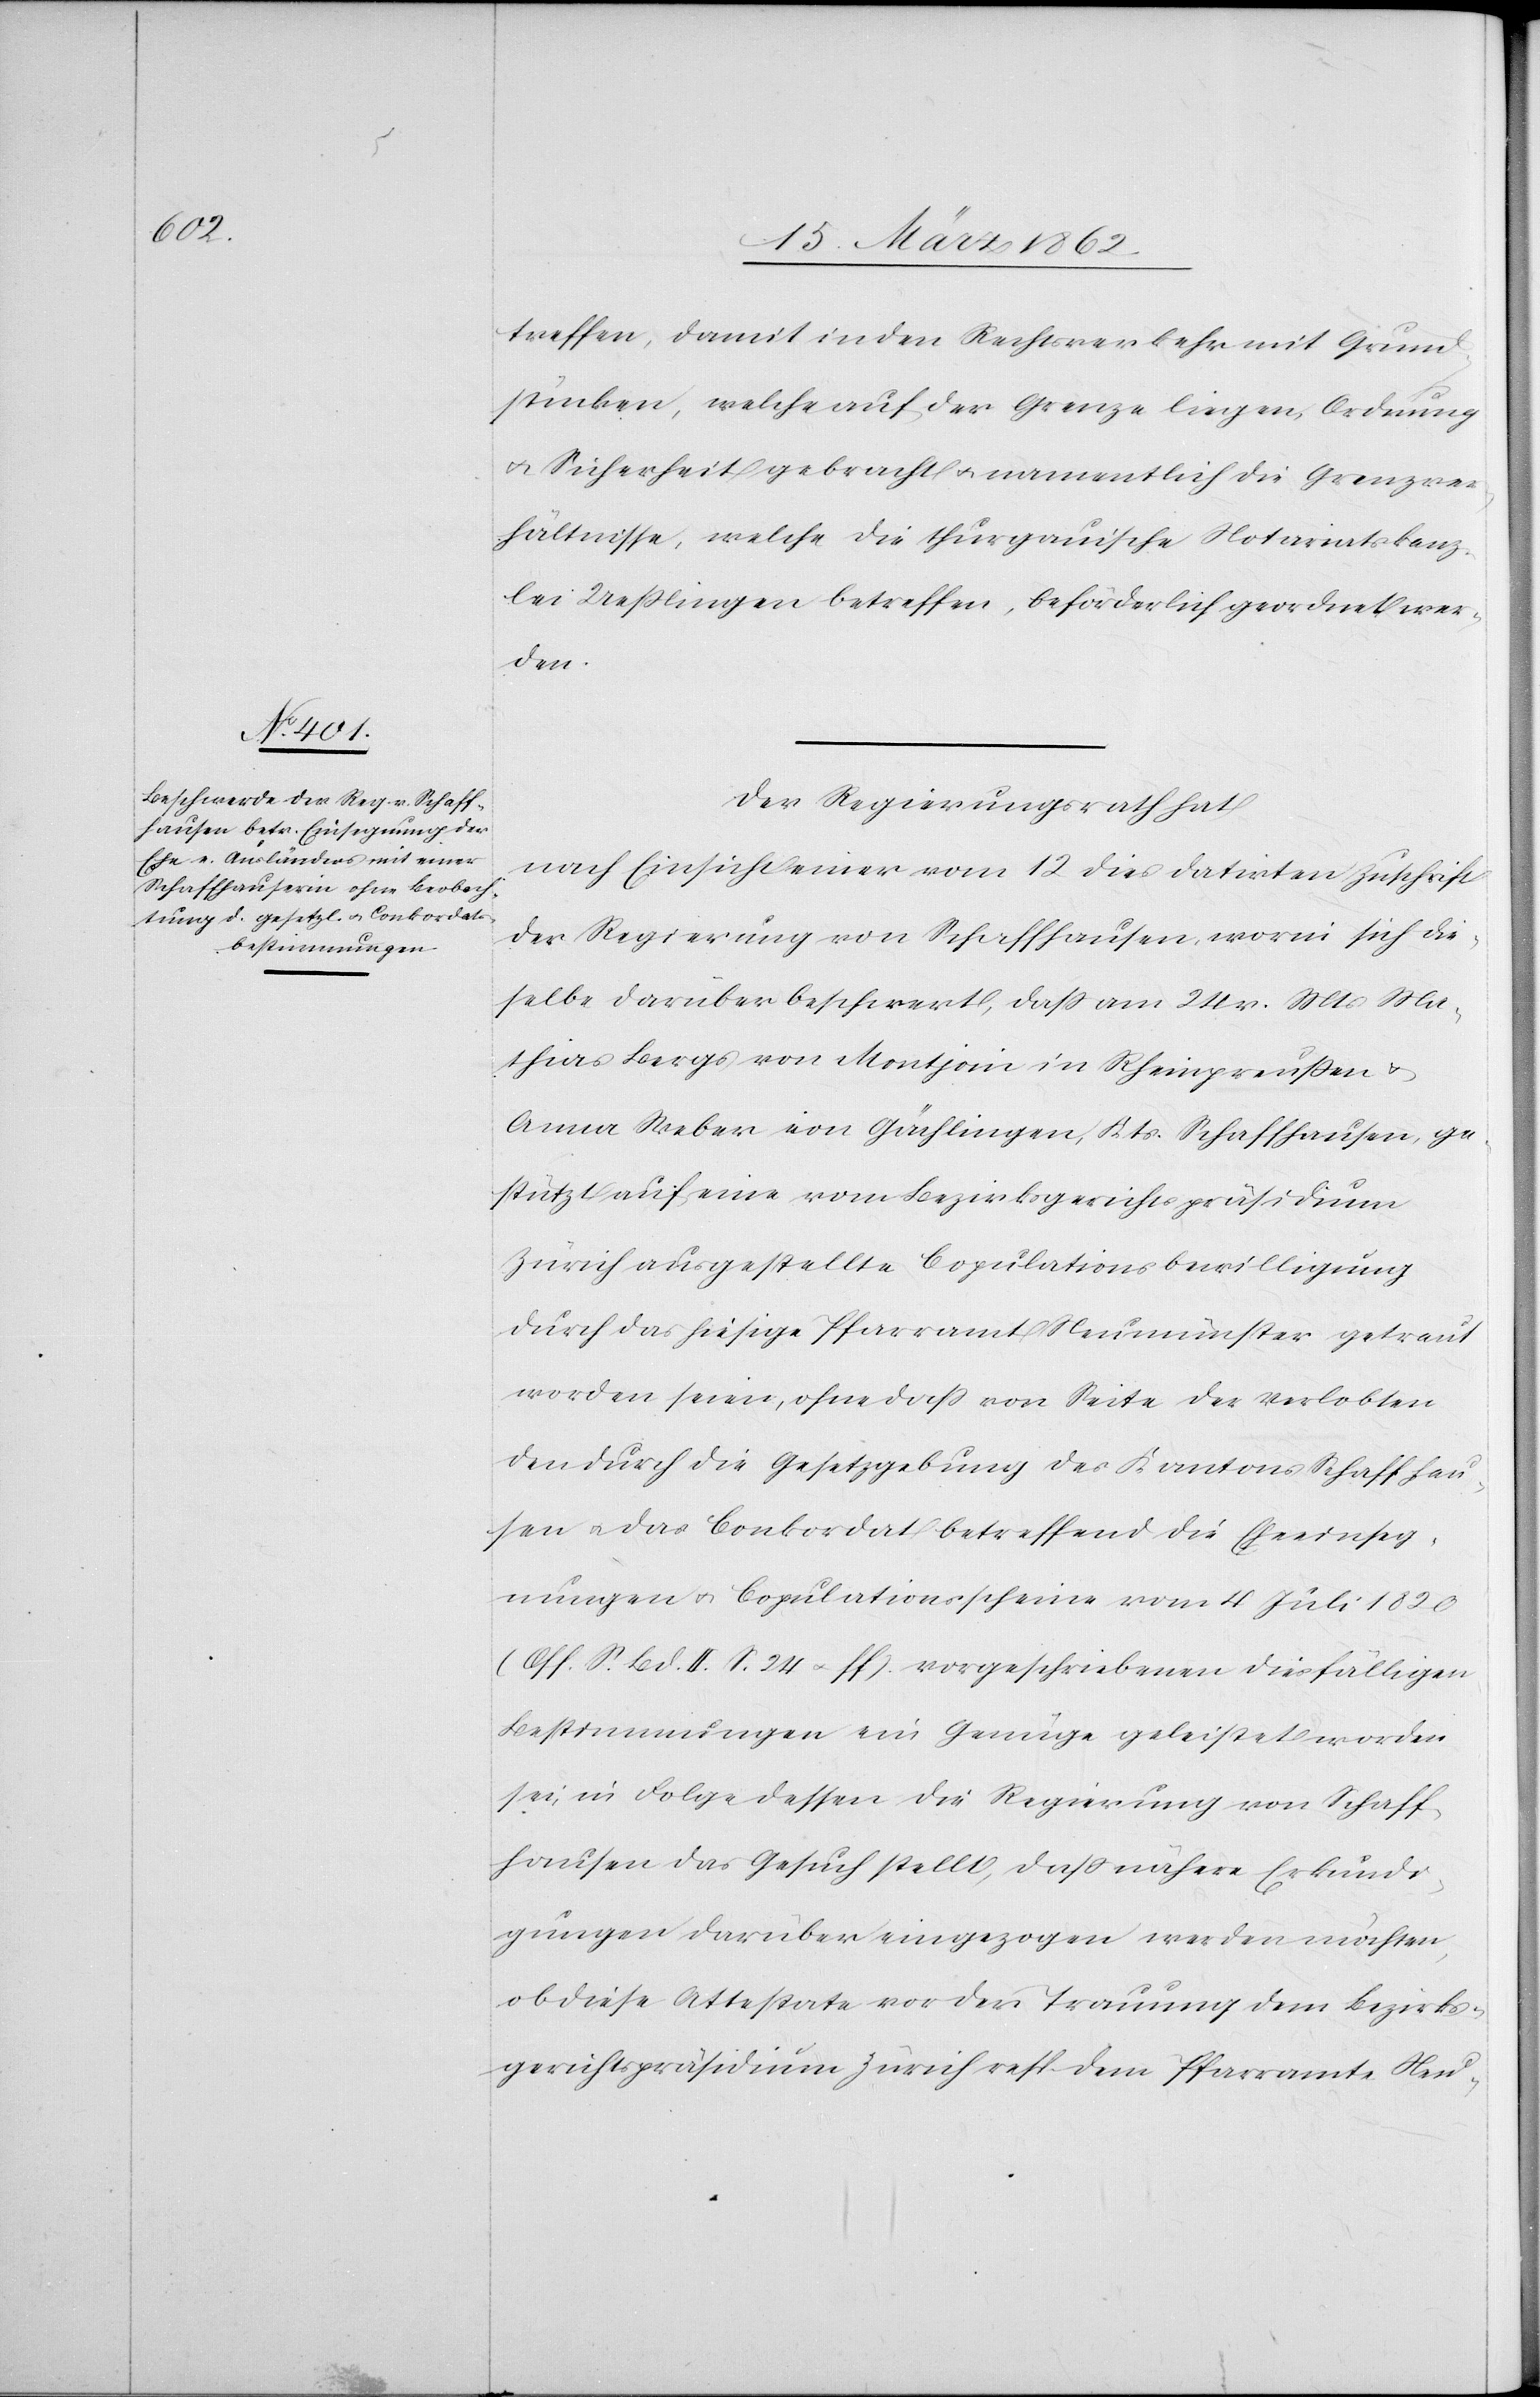
treffen, damit in den Rechtsverkehr mit Grund¬
stücken, welche auf der Grenze liegen, Ordnung
u. Sicherheit gebracht u. namentlich die Grenzver¬
hältnisse, welche die thurgauische Notariatskanz¬
lei Ueßlingen betreffen, beförderlich geordnet wer¬
den.
Der Regierungsrath hat
nach Einsicht einer vom 12 dies datirten Zuschrift
der Regierung von Schaffhausen, worin sich die¬
selbe darüber beschwert, daß am 24 v. Mts Ma¬
thias Bergs von Montjoin in Rheinpreußen
Anna Weber von Gächlingen, Kts. Schaffhausen, ge¬
stützt auf eine vom Bezirksgerichtspräsidium
Zürich ausgestellte Copulationsbewilligung
durch das hiesige Pfarramt Neumünster getraut
worden seien, ohne daß von Seite des Verlobten
den durch die Gesetzgebung des Kantons Schaffhau¬
sen u. das Conkordat betreffend die Eheeinseg¬
nungen u. Copulationsscheine vom 4 Juli 1820
(Off. S. Bd. II. S. 24 u. ff.) vorgeschriebenen diesfälligen
Bestimmungen ein Genüge geleistet worden
sei, in Folge dessen die Regierung von Schaff¬
hausen das Gesuch stellt, daß nähere Erkundi¬
gungen darüber eingezogen werden möchten,
ob diese Attestate vor der Trauung dem Bezirks¬
gerichtspräsidium Zürich resp. dem Pfarramte Neu-